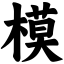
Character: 模